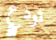
تودع